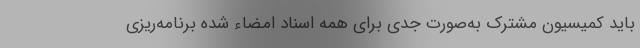
باید کمیسیون مشترک به‌صورت جدی برای همه اسناد امضاء شده برنامه‌ریزی